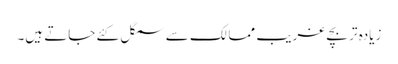
زیادہ تر بچے غریب ممالک سے سمگل کئے جاتے ہیں۔